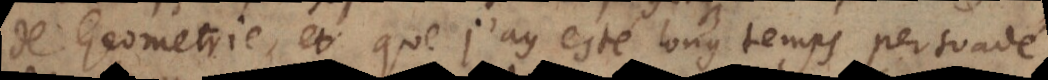
de Geometrie, et que j’ay esté long temps persuadé